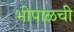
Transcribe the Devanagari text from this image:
भोपाळची